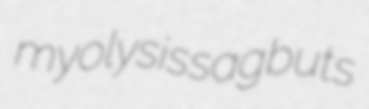
myolysis sagbuts